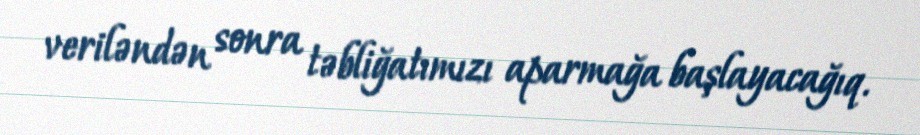
veriləndən sonra təbliğatımızı aparmağa başlayacağıq.